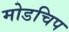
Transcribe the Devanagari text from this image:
मोडचिप